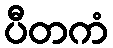
ပီတကံ